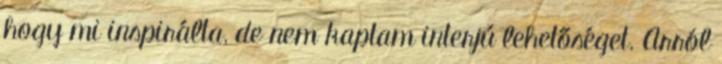
hogy mi inspirálta, de nem kaptam interjú lehetőséget. Arról